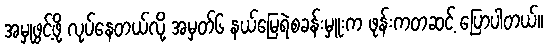
အမှုဖွင့်ဖို့ လုပ်နေတယ်လို့ အမှတ်၆ နယ်မြေရဲစခန်းမှူးက ဖုန်းကတဆင့် ပြောပါတယ်။